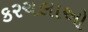
કરચલાઓ